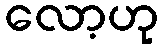
လော့ဟု